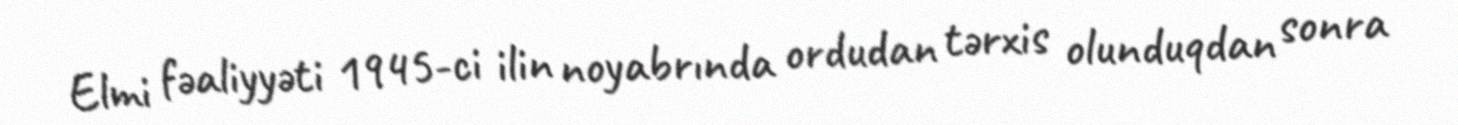
Elmi fəaliyyəti 1945-ci ilin noyabrında ordudan tərxis olunduqdan sonra